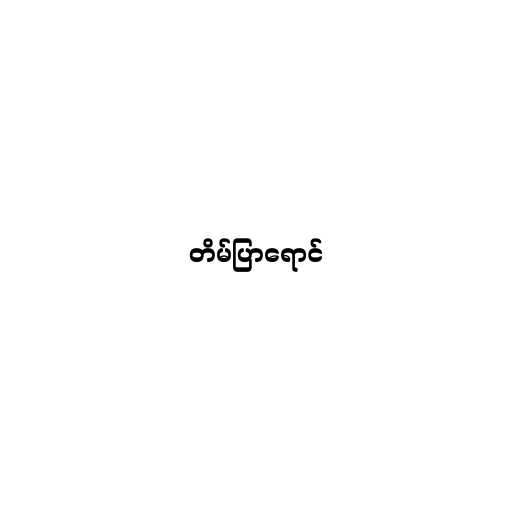
တိမ်ပြာရောင်